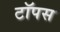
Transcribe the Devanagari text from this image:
टॉपस